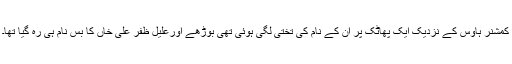
کمشنر ہاؤس کے نزدیک ایک پھاٹک پر ان کے نام کی تختی لگی ہوئی تھی بوڑھے اورعلیل ظفر علی خاں کا بس نام ہی رہ گیا تھا۔